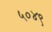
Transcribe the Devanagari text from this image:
५०४९